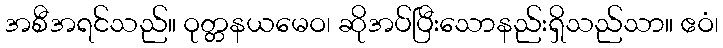
အစီအရင်သည်။ ဝုတ္တနယမေဝ၊ ဆိုအပ်ပြီးသောနည်းရှိသည်သာ။ ဧဝံ၊